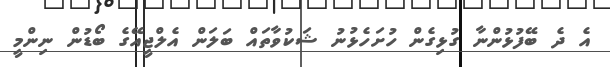
އެ ދެ ބޭފުޅުންނާ ގުޅިގެން ހުށަހެޅުނު ޝަކުވާތައް ބަލަން އެލްޖީއޭގެ ބޯޑުން ނިންމީ